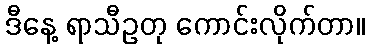
ဒီနေ့ ရာသီဥတု ကောင်းလိုက်တာ။